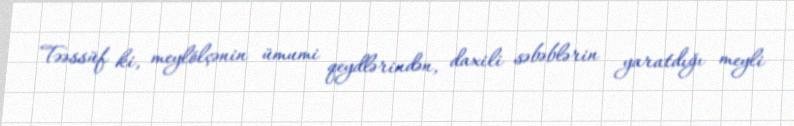
Təəssüf ki, meylölçənin ümumi qeydlərindən, daxili səbəblərin yaratdığı meyli